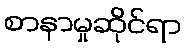
စာနာမှုဆိုင်ရာ